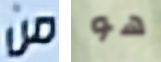
من هو